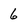
Character: 6